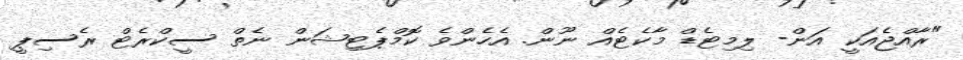
"ރާއްޖެއަކީ އަން- ލިމިޓެޑް މާކެޓެއް ނޫން. އެހެންވެ ކޮމްޕެޓިޝަން ނެތް ސީކްރެޓް ރެސިޕީ